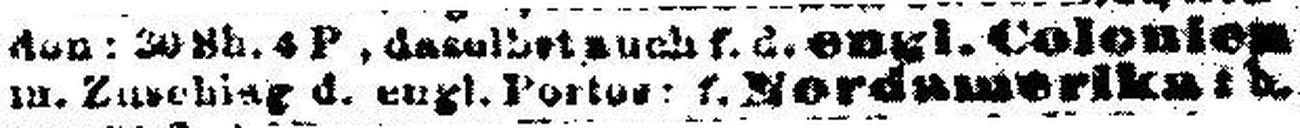
m. Zuschlag d. engl. Portos; f. Nordamerika: b.